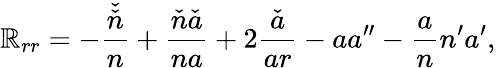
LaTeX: \mathbb{R}_{rr}=-\frac{{\check{{\check{{n}}}}}}{{n}}+\frac{{\check{{n}}\check{{a}}}}{{na}}+2\frac{{\check{{a}}}}{{ar}}-aa^{\prime\prime}-\frac{{a}}{{n}}n^{\prime}a^{\prime},